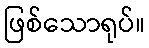
ဖြစ်သောရုပ်။